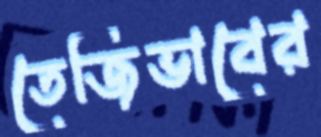
তেজিভাবের